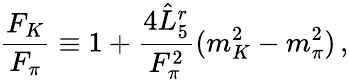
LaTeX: \frac{F_{K}}{F_{\pi}}\equiv 1+\frac{4\hat{L}_{5}^{r}}{F_{\pi}^{2}}(m_{K}^{2}-m_{\pi}^{2})\, ,